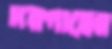
দরগাহের